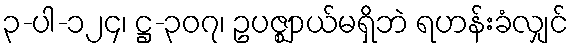
၃-ပါ-၁၂၄၊ ဋ္ဌ-၃၀၇၊ ဥပဇ္ဈာယ်မရှိဘဲ ရဟန်းခံလျှင်